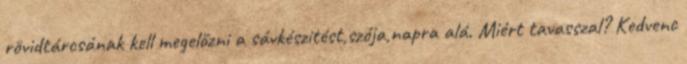
rövidtárcsának kell megelőzni a sávkészitést,szója,napra alá. Miért tavasszal? Kedvenc